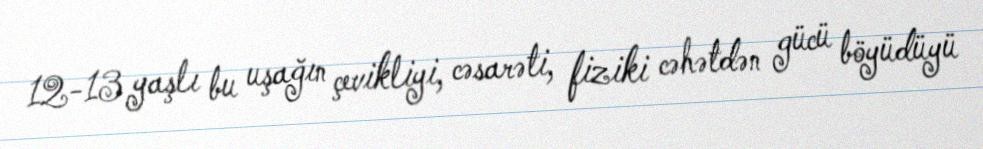
12-13 yaşlı bu uşağın çevikliyi, cəsarəti, fiziki cəhətdən gücü böyüdüyü